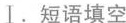
Ⅰ.短语填空